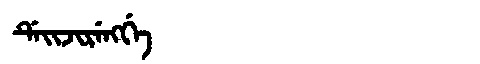
Manchu: ᡩᡝᡳᠵᡳᡵᡝᠩᡤᡝ
Romanization: DEIJIRENGGE